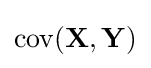
\operatorname {cov} (\mathbf {X} ,\mathbf {Y} )